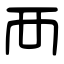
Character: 襾